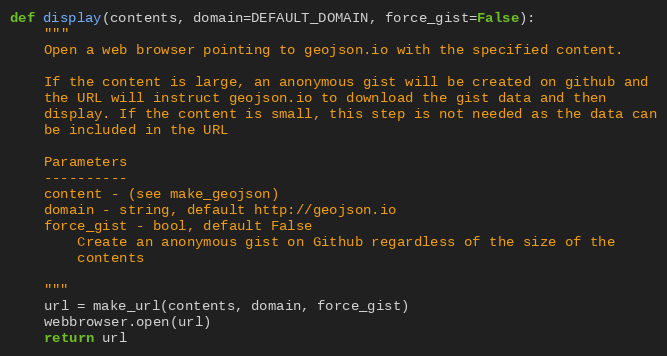
Language: Python
def display(contents, domain=DEFAULT_DOMAIN, force_gist=False):
    """
    Open a web browser pointing to geojson.io with the specified content.

    If the content is large, an anonymous gist will be created on github and
    the URL will instruct geojson.io to download the gist data and then
    display. If the content is small, this step is not needed as the data can
    be included in the URL

    Parameters
    ----------
    content - (see make_geojson)
    domain - string, default http://geojson.io
    force_gist - bool, default False
        Create an anonymous gist on Github regardless of the size of the
        contents

    """
    url = make_url(contents, domain, force_gist)
    webbrowser.open(url)
    return url